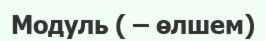
Модуль ( – өлшем)